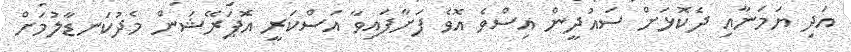
އަދި ޔަމަނާއި ދެކޮޅަށް ސައުދީން އިސްވެ އޮވެ ފަށާފައިވާ އަސްކަރީ އޮޕަރޭޝަން މެދުކަނޑާލުމަށް